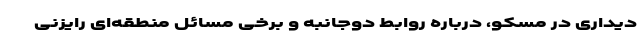
دیداری در مسکو، درباره روابط دوجانبه و برخی مسائل منطقه‌ای رایزنی